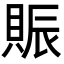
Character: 賑